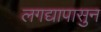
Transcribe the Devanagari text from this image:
लगद्यापासुन